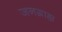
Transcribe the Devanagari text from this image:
जनग्राह्य